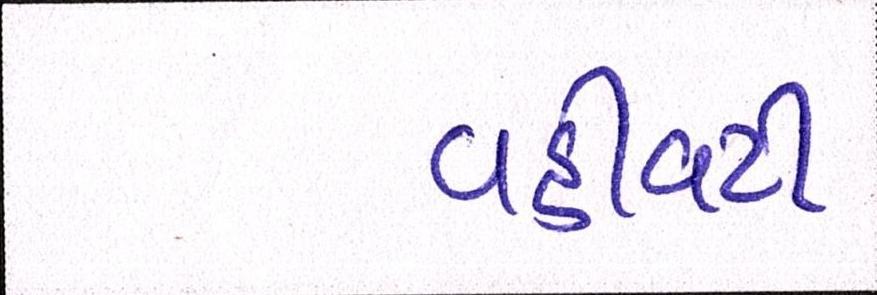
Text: વહીવટી